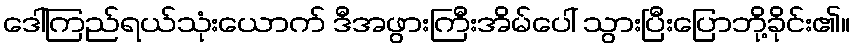
ဒေါ်ကြည်ရယ်သုံးယောက် ဒီအဖွားကြီးအိမ်ပေါ် သွားပြီးပြောဘို့ခိုင်း၏။